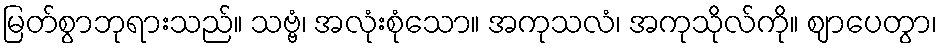
မြတ်စွာဘုရားသည်။ သဗ္ဗံ၊ အလုံးစုံသော။ အကုသလံ၊ အကုသိုလ်ကို။ ဈာပေတွာ၊